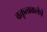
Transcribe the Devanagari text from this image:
वक्तृत्वकलेचे